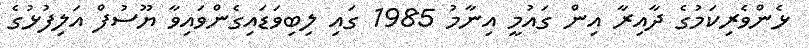
ޅެންވެރިކަމުގެ ދާއިރާ އިން ގައުމީ އިނާމު 1985 ގައި ލިބިވަޑައިގެންވައިވާ ޔޫސުފް އަލިފުޅުގެ